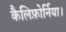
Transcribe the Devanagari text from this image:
कैलिफ़ोर्निया।